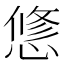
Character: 𢟅